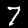
Digit: 7